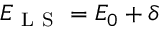
E _ { \mathrm { ~ L ~ S ~ } } = E _ { 0 } + \delta